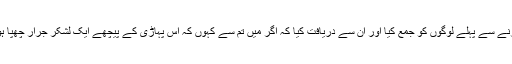
رسول کریم ؐنے اپنا دعویٰ نبوت پیش کرنے سے پہلے لوگوں کو جمع کیا اور ان سے دریافت کیا کہ اگر میں تم سے کہوں کہ اس پہاڑی کے پیچھے ایک لشکر جرار چھپا ہوا ہے تو کیا تم اس بات کو مان لو گے ؟